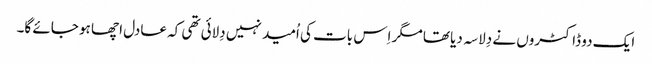
ایک دو ڈاکٹروں نے دِلاسہ دیا تھا مگر اِس بات کی اُمید نہیں دِلائی تھی کہ عادل اچھا ہو جائے گا۔